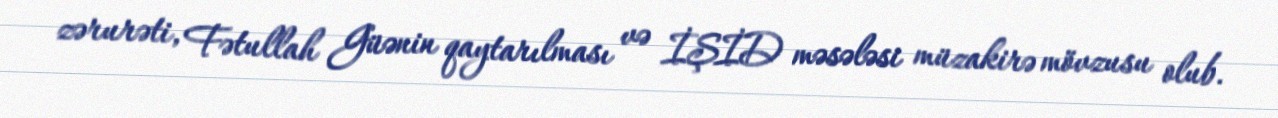
zərurəti, Fətullah Güənin qaytarılması və İŞİD məsələsi müzakirə mövzusu olub.